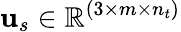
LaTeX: \mathbf{u}_{s}\in\mathbb{R}^{(3\times m\times n_{t})}